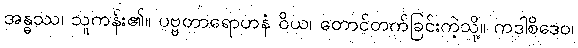
အန္ဓဿ၊ သူကန်း၏။ ပဗ္ဗတာရောဟနံ ဝိယ၊ တောင်တက်ခြင်းကဲ့သို့။ ကဒါစိဒေဝ၊